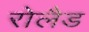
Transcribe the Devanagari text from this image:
रोलैड